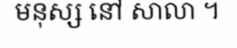
មនុស្ស នៅ សាលា ។